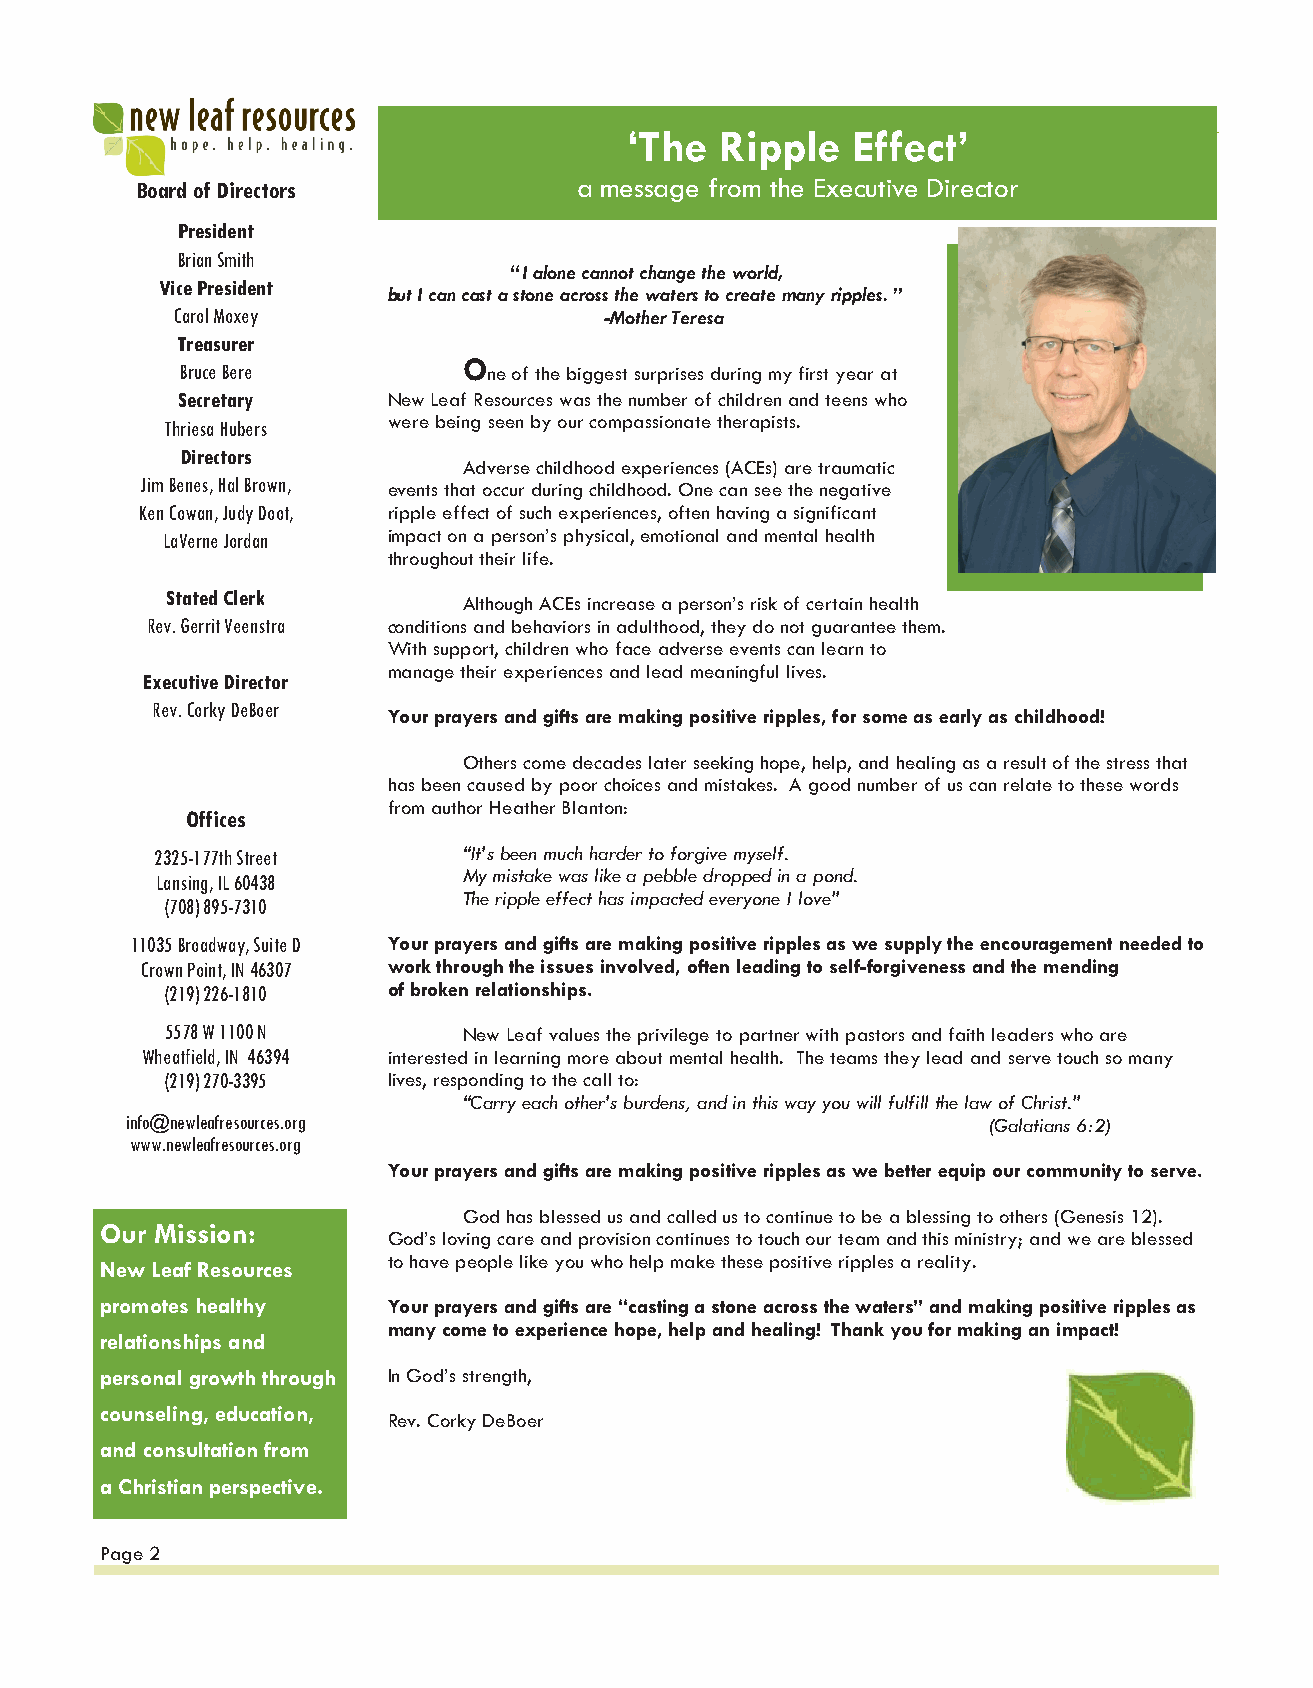
‘The   Ripple  Effect’
 Board of Directors           a message from the Executive Director
 President
 Brian Smith
 “ I alone cannot change the world,
 Vice President
 but I can cast a stone across the waters to create many ripples. ”
 Carol Moxey                  -Mother Teresa
 Treasurer
 Bruce Bere
 O
 ne of the biggest surprises during my first year at
 Secretary     New Leaf Resources was the number of children and teens who
 Thriesa Hubers were being seen by our compassionate therapists.
 Directors
 Adverse childhood experiences (ACEs) are traumatic
 Jim Benes, Hal Brown,
 events that occur during childhood. One can see the negative
 Ken Cowan, Judy Doot, ripple effect of such experiences, often having a significant
 LaVerne Jordan impact on a person’s physical, emotional and mental health
 throughout their life.
 Stated Clerk
 Although ACEs increase a person’s risk of certain health
 Rev. Gerrit Veenstra conditions and behaviors in adulthood, they do not guarantee them.
 With support, children who face adverse events can learn to
 manage their experiences and lead meaningful lives.
 Executive Director
 Rev. Corky DeBoer
 Your prayers and gifts are making positive ripples, for some as early as childhood!
 Others come decades later seeking hope, help, and healing as a result of the stress that
 has been caused by poor choices and mistakes. A good number of us can relate to these words
 from author Heather Blanton:
 Offices
 2325-177th Street    “It’s been much harder to forgive myself.
 Lansing, IL 60438    My mistake was like a pebble dropped in a pond.
 The ripple effect has impacted everyone I love”
 (708) 895-7310
 11035 Broadway, Suite D Your prayers and gifts are making positive ripples as we supply the encouragement needed to
 Crown Point, IN 46307 work through the issues involved, often leading to self-forgiveness and the mending
 (219) 226-1810 of broken relationships.
 5578 W 1100 N       New Leaf values the privilege to partner with pastors and faith leaders who are
 Wheatfield, IN 46394 interested in learning more about mental health. The teams they lead and serve touch so many
 (219) 270-3395 lives, responding to the call to:
 “Carry each other’s burdens, and in this way you will fulfill the law of Christ.”
 info@newleafresources.org                                (Galatians 6:2)
 www.newleafresources.org
 Your prayers and gifts are making positive ripples as we better equip our community to serve.
 God has blessed us and called us to continue to be a blessing to others (Genesis 12).
 Our Mission:
 God’s loving care and provision continues to touch our team and this ministry; and we are blessed
 to have people like you who help make these positive ripples a reality.
 New Leaf Resources
 promotes healthy   Your prayers and gifts are “casting a stone across the waters” and making positive ripples as
 many come to experience hope, help and healing! Thank you for making an impact!
 relationships and
 personal growth through In God’s strength,
 counseling, education,
 Rev. Corky DeBoer
 and consultation from
 a Christian perspective.
 Page 2